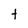
Character: t